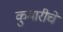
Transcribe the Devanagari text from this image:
कुमारीचे